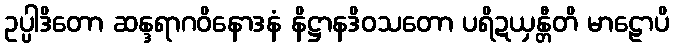
ဥပ္ပါဒိတော ဆန္ဒရာဂဝိနောဒနံ နိဋ္ဌာနဒိဝသတော ပရိဍယှန္တီတိ မာဠောပိ